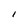
Character: l